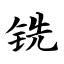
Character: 铣